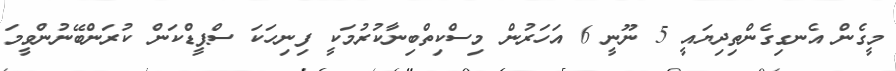
މީގެން އެނގިގެންތިދިޔައީ 5 ނޫނީ 6 އަހަރުން މިސްކިތްބިނާކުރުމަކީ ފިނިހަކަ ސްޕީޑްކަން ކުރަންބޭނުންވީމަ